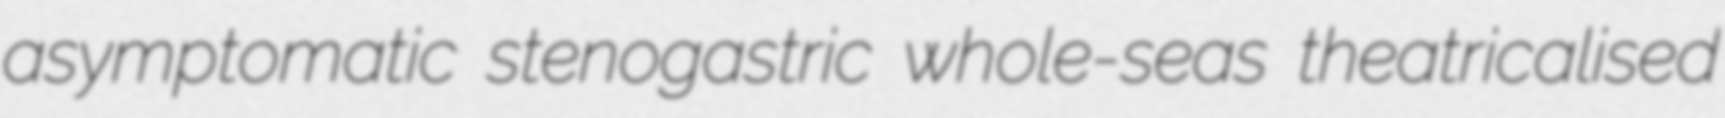
asymptomatic stenogastric whole-seas theatricalised